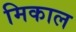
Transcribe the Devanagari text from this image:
मिकाल